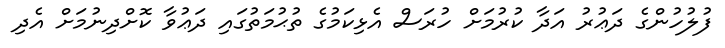
ފުލުހުންގެ ދަޢުރު އަދާ ކުރުމަށް ހުރަސް އެޅިކަމުގެ ތުޙުމަތުގައި ދަޢުވާ ކޮށްދިނުމަށް އެދި